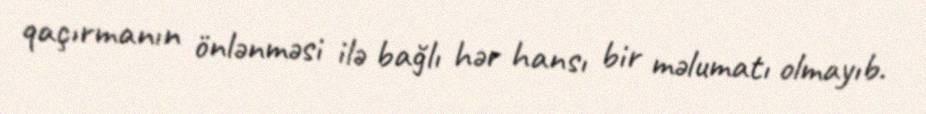
qaçırmanın önlənməsi ilə bağlı hər hansı bir məlumatı olmayıb.